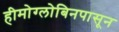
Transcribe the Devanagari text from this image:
हीमोग्लोबिनपासून